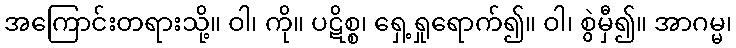
အကြောင်းတရားသို့။ ဝါ၊ ကို။ ပဋိစ္စ၊ ရှေ့ရှုရောက်၍။ ဝါ၊ စွဲမှီ၍။ အာဂမ္မ၊